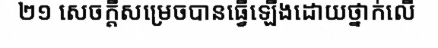
២១ សេចក្តីសម្រេចបានធ្វើឡើងដោយថ្នាក់លើ